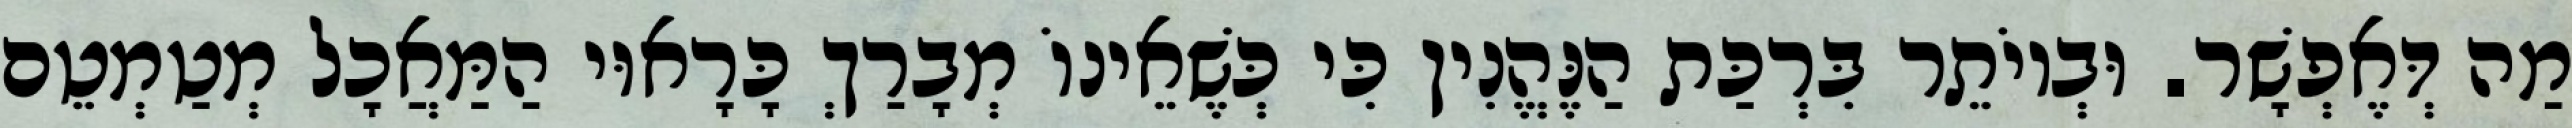
מַה דְּאֶפְשָׁר. וּבְיוֹתֵר בִּרְכַּת הַנֶּהֱנִין כִּי כְּשֶׁאֵינוֹ מְבָרַךְ כָּרָאוּי הַמַּאֲכָל מְטַמְטֵם